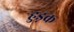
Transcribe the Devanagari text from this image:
हुड़क